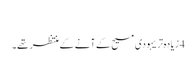
‏
4 زیادہ‌تر یہودی مسیح کے آنے کے منتظر تھے۔